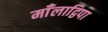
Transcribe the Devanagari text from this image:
माँलाद्विपा